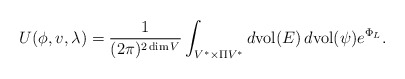
\begin{align*}U(\phi, v, \lambda) = \frac{1}{(2\pi)^{2\dim V}}\int_{V^{*}\times \Pi V^{*}}d\mathrm{vol}(E)\,d\mathrm{vol}(\psi)e^{\Phi_{L}}.\end{align*}